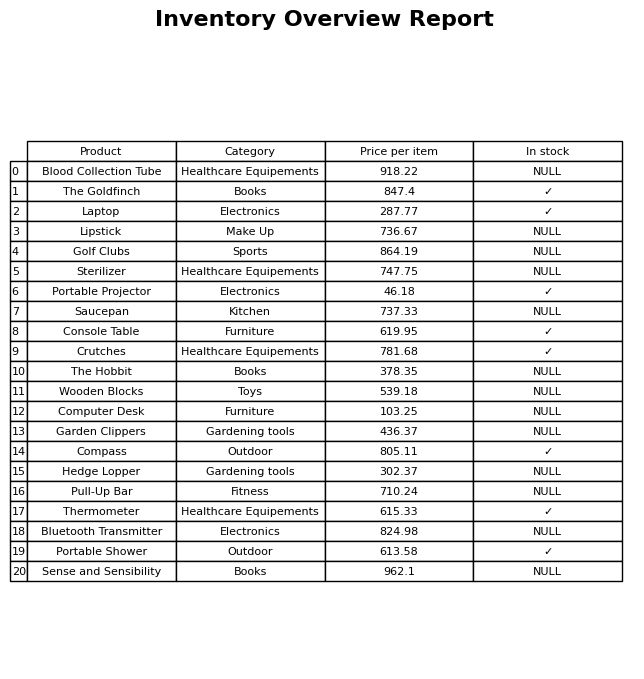
question: What is the stock status of the Portable Projector?
answer: ✓